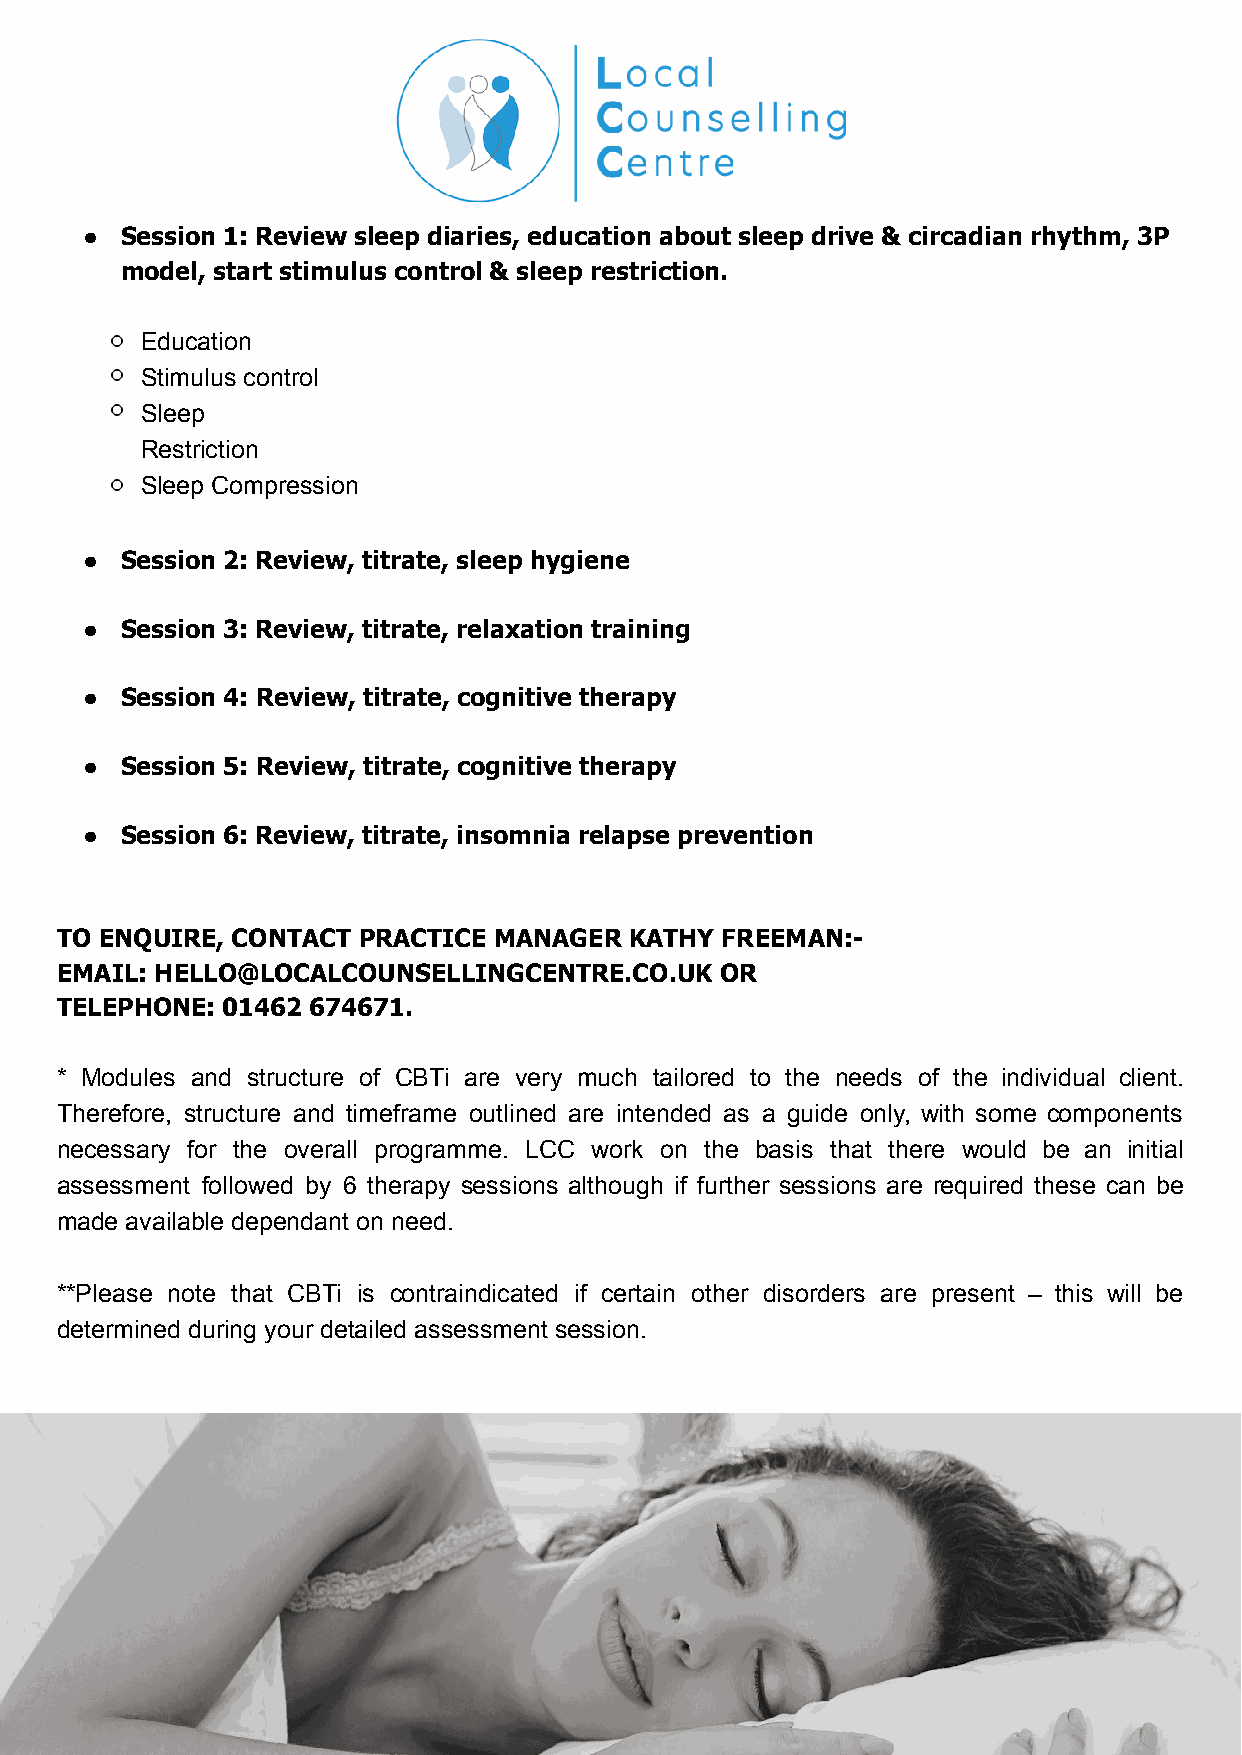
● Session 1: Review sleep diaries, education about sleep drive & circadian rhythm, 3P
 model, start stimulus control & sleep restriction.
 Education
 Stimulus control
 Sleep
 Restriction
 Sleep Compression
 ● Session 2: Review, titrate, sleep hygiene
 ● Session 3: Review, titrate, relaxation training
 ● Session 4: Review, titrate, cognitive therapy
 ● Session 5: Review, titrate, cognitive therapy
 ● Session 6: Review, titrate, insomnia relapse prevention
 TO ENQUIRE, CONTACT PRACTICE MANAGER  KATHY FREEMAN:-
 EMAIL: HELLO@LOCALCOUNSELLINGCENTRE.CO.UK   OR
 TELEPHONE: 01462 674671.
 * Modules and structure of CBTi are very much tailored to the needs of the individual client.
 Therefore, structure and timeframe outlined are intended as a guide only, with some components
 necessary for the overall programme. LCC work on the basis that there would be an initial
 assessment followed by 6 therapy sessions although if further sessions are required these can be
 made available dependant on need.
 **Please note that CBTi is contraindicated if certain other disorders are present – this will be
 determined during your detailed assessment session.